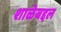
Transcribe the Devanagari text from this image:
शाळेबद्दल